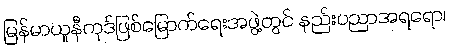
မြန်မာယူနီကုဒ်ဖြစ်မြောက်ရေးအဖွဲ့တွင် နည်းပညာအရရော၊